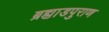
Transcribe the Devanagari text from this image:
ब्रह्मा़डपुराण